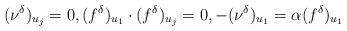
LaTeX: \begin{align*} (\nu^{\delta})_{u_j}=0, (f^{\delta})_{u_1}\cdot(f^{\delta})_{u_j}=0, -(\nu^{\delta})_{u_1} = \alpha(f^{\delta})_{u_1}\end{align*}